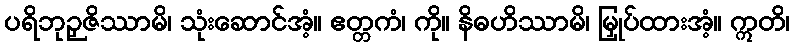
ပရိဘုဉှဇိဿာမိ၊ သုံးဆောင်အံ့။ ဧတ္တကံ၊ ကို။ နိဓဟိဿာမိ၊ မြှုပ်ထားအံ့။ ဣတိ၊